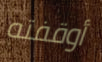
أوقفته